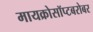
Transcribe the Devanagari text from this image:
मायक्रोसॉप्टबरोबर